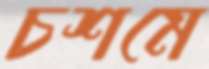
চশমে